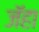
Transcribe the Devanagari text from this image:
जॅहा